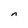
Character: n